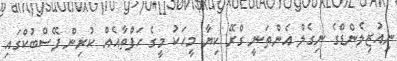
ނިއުޒިލެންޑްގެ ނިގެލް އެންތަނީ ގްރޭ ކިޔާ މީހަކު މީގެ ހަފްތާއެއް ކުރިން ފޭސްބުކްގައި